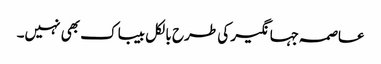
عاصمہ جہانگیر کی طرح بالکل بیباک بھی نہیں۔